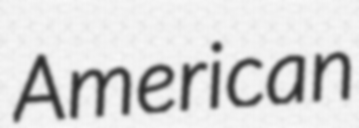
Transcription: American